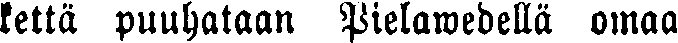
kettä puuhataan Pielawedellä omaa